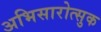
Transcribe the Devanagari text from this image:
अभिसारोत्सुक